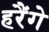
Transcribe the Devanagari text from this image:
हरैंगे